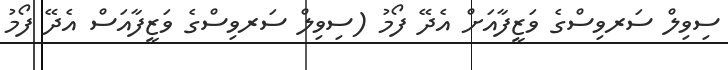
ސިވިލް ސަރވިސްގެ ވަޒީފާއަށް އެދޭ ފޯމު (ސިވިލް ސަރވިސްގެ ވަޒީފާއަސް އެދޭ ފޯމު